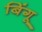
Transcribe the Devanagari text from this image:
बिंगू